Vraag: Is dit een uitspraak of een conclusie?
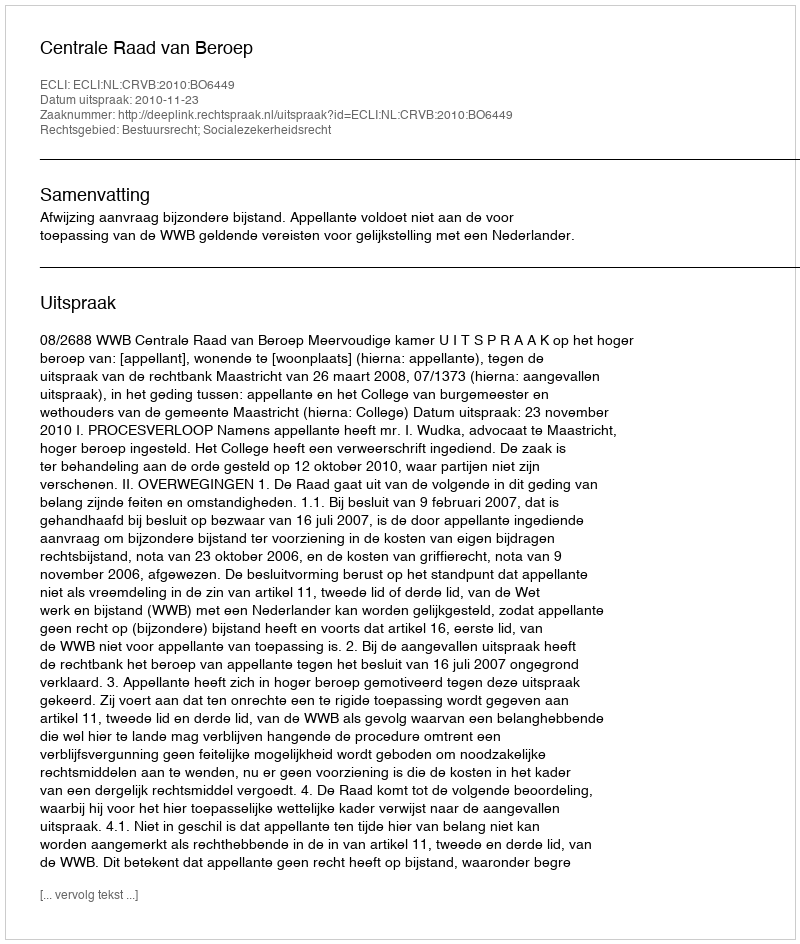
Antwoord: Uitspraak